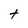
Character: t